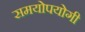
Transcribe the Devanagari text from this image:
समयोपयोगी